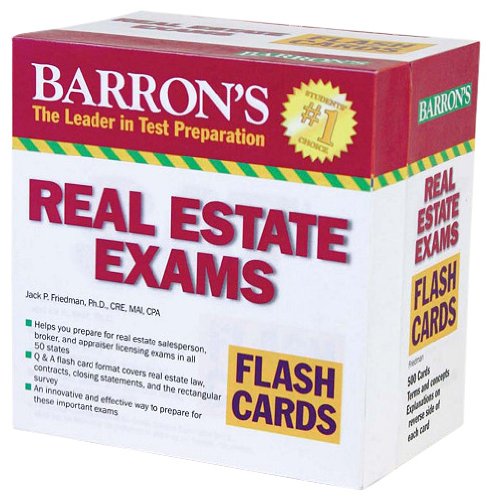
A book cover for Barron's Real Estate Exam Flash Cards; Jack P. Friedman Ph.D.; Test Preparation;